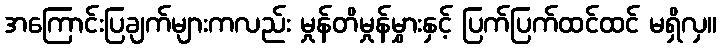
အကြောင်းပြချက်များကလည်း မှုန်တိမှုန်မွှားနှင့် ပြက်ပြက်ထင်ထင် မရှိလှ။